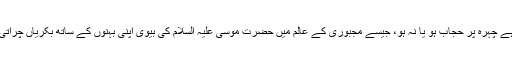
بہ امر مجبوری مخلوط ماحول میں بھی کام کیا جا سکتا ہے چاہے چہرہ پر حجاب ہو یا نہ ہو، جیسے مجبوری کے عالم میں حضرت موسیٰ علیہ السلام کی بیوی اپنی بہنوں کے ساتھ بکریاں چراتی تھیں، مگر موقع ملتے ہیں انہوں نے ملازم کا بندوبست کر لیا۔